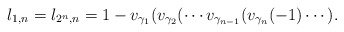
\begin{align*}l_{1,n}=l_{2^n,n}=1-v_{\gamma_{1}}(v_{\gamma_2}( \cdots v_{\gamma_{n-1}}( v_{\gamma_n}(-1)\cdots).\end{align*}